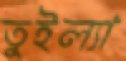
তুইল্যা